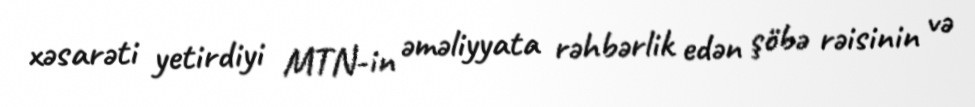
xəsarəti yetirdiyi MTN-in əməliyyata rəhbərlik edən şöbə rəisinin və